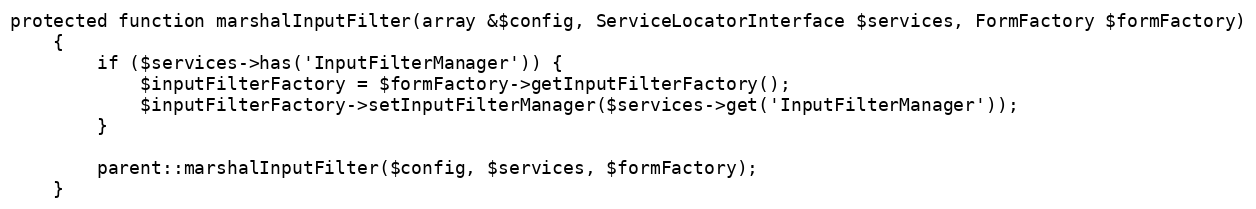
Language: PHP
protected function marshalInputFilter(array &$config, ServiceLocatorInterface $services, FormFactory $formFactory)
    {
        if ($services->has('InputFilterManager')) {
            $inputFilterFactory = $formFactory->getInputFilterFactory();
            $inputFilterFactory->setInputFilterManager($services->get('InputFilterManager'));
        }

        parent::marshalInputFilter($config, $services, $formFactory);
    }